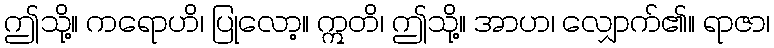
ဤသို့။ ကရောဟိ၊ ပြုလော့။ ဣတိ၊ ဤသို့။ အာဟ၊ လျှောက်၏။ ရာဇာ၊